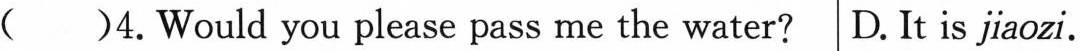
( )4.Would you please pass me the water? D.It is jiaozi.